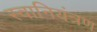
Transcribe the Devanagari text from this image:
स्वानियंत्रण